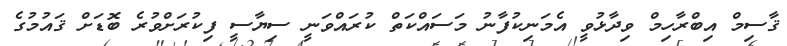
ޤާސިމް އިބްރާހިމް ވިދާޅުވީ އެމަނިކުފާނު މަސައްކަތް ކުރައްވަނީ ސިޔާސީ ފިކުރަށްވުރެ ބޮޑަށް ޤައުމުގެ